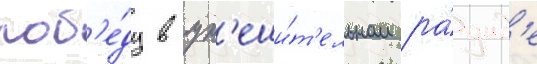
поб'е́ду в ут'еши́т'ельном ра́унд'е